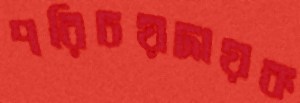
পরিচয়দায়ক